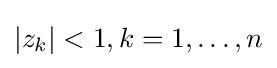
|z_{k}|<1,k=1,\dots ,n